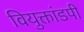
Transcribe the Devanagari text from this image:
वियुक्तांडपी